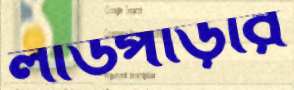
লাউপাড়ার